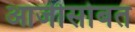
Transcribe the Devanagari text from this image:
आजीसोबत